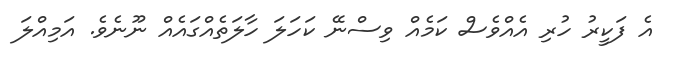
އެ ފަކީރު ހުރި އެއްވެސް ކަމެއް ވިސްނޭ ކަހަލަ ހާލަތެއްގައެއް ނޫނެވެ. އަމިއްލަ